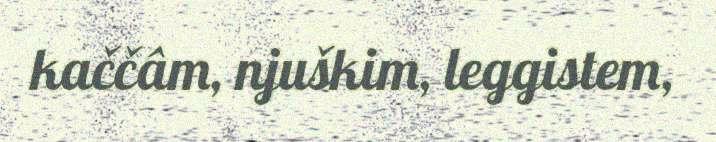
kaččâm, njuškim, leggistem,